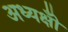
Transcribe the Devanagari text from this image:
अध्यक्षोँ